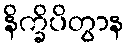
နိက္ခိပိတွာန